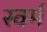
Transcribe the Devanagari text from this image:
स्वर्म